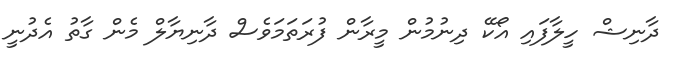
ދާނިޝް ހީލާފައި އޯކޭ ދިނުމުން މީރާން ފުރަތަމަވެސް ދާނިޔާލް މެން ގާތު އެދުނީ